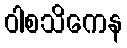
ဝါစသိကေန